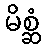
မိစ္ဆံ